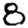
Digit: 8